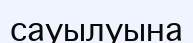
сауылуына